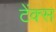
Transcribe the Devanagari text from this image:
टेंक्स